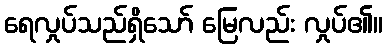
ရေလှုပ်သည်ရှိသော် မြေလည်း လှုပ်၏။